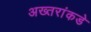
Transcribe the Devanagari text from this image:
अख्तरांकडे